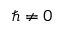
\hbar \neq 0